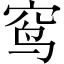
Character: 窎